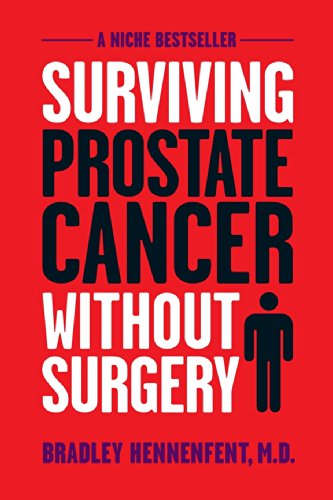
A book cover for Surviving Prostate Cancer Without Surgery; Bradley Hennenfent; Health, Fitness & Dieting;